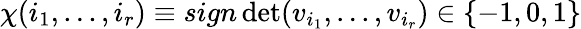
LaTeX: \chi(i_{1},...,i_{r})\equiv sign\operatorname*{det}(v_{i_{1}},...,v_{i_{r}})\in\{ -1,0,1\}